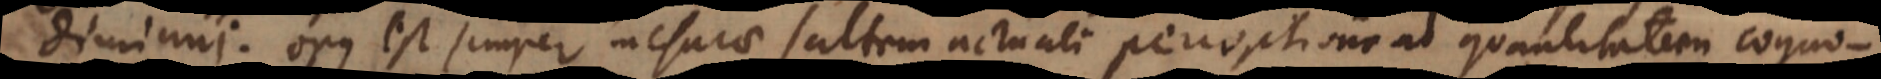
diminui, opus est semper me[n]surae saltem actuali perceptione ad quantitatem cogno